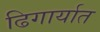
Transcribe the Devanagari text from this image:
ढिगार्यात